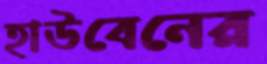
হাউবেনের